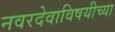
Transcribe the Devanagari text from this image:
नवरदेवाविषयीच्या